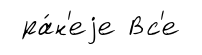
ра́н'еjе Вс'е